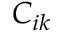
C _ { i k }